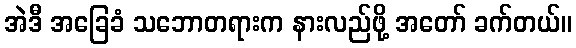
အဲဒီ အခြေခံ သဘောတရားက နားလည်ဖို့ အတော် ခက်တယ်။